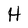
Character: H